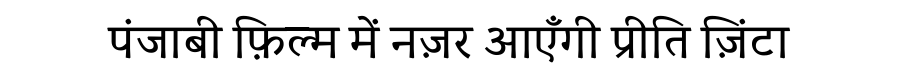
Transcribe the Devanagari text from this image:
पंजाबी फ़िल्म में नज़र आएँगी प्रीति ज़िंटा